Lunatic asylums in Bengal annual reports 1912-1924 - 1912-1924
Year: 1912
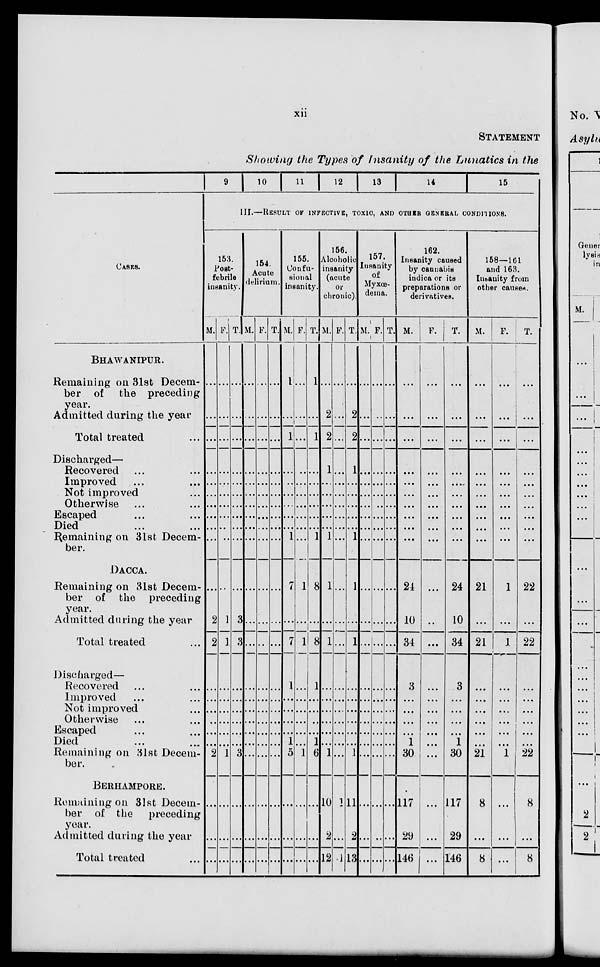
xii
STATEMENT
Showing the Types of Insanity of the Lunatics in the
1
CASES.
BHAWANIPUR.
Remaining on 31st Decem-
ber of
the preceding
year.
Admitted during the year
Total treated ...
Discharged—
Recovered ... ...
Improved ... ...
Not improved ...
Otherwise ... ...
Escaped ... ...
Died ... ...
Remaining on 31st Decem-
ber.
DACCA.
Remaining on 31st Decem-
ber of the preceding
year.
Admitted during the year
Total treated ...
Discharged—
Recovered ... ...
Improved ... ...
Not improved ...
Otherwise ... ...
Escaped ... ...
Died ... ...
Remaining on 31st Decem-
ber.
BERHAMPORE.
Remaining on 31st Decem-
ber of the
preceding
year.
Admitted during the year
Total treated ...
9 10 11 12 13 14
15
III.—RESULT OF INFECTIVE, TOXIC, AND OTHER GENERAL CONDITIONS.
153.
Post-
febrile
insanity.
M.
...
...
...
...
...
...
...
...
...
...
...
2
2
...
...
...
...
...
...
2
...
...
...
F.
...
...
...
...
...
...
...
...
...
...
...
1
1
...
...
...
...
...
...
1
...
...
...
T.
...
...
...
...
...
...
...
...
...
...
...
3
3
...
...
...
...
...
...
3
...
...
...
154.
Acute
delirium.
M.
...
...
...
...
...
...
...
...
...
...
...
...
...
...
...
...
...
...
...
...
...
...
...
F.
...
...
...
...
...
...
...
...
...
...
...
...
...
...
...
...
...
...
...
...
...
...
...
T.
...
...
...
...
...
...
...
...
...
...
...
...
...
...
...
...
...
...
...
...
...
...
...
155.
Confu-
sional
insanity.
M.
1
...
1
...
...
...
...
...
...
1
7
...
7
1
...
...
...
...
1
5
...
...
...
F.
...
...
...
...
...
...
...
...
...
...
1
...
1
...
...
...
...
...
...
1
...
...
...
T.
1
...
1
...
...
...
...
...
...
1
8
...
8
1
...
...
...
...
1
6
...
...
...
156.
Alcoholic
insanity
(acute
or
chronic).
M.
...
2
2
1
...
...
...
...
...
1
1
...
1
...
...
...
...
...
...
1
10
2
12
F.
...
...
...
...
...
...
...
...
...
...
...
...
...
...
...
...
...
...
...
...
1
...
1
T.
...
2
2
1
...
...
...
...
...
1
1
...
1
...
...
...
...
...
...
1
11
2
13
157.
Insanity
of
Myxœ-
dema.
M.
...
...
...
...
...
...
...
...
...
...
...
...
...
...
...
...
...
...
...
...
...
...
...
F.
...
...
...
...
...
...
...
...
...
...
...
...
...
...
...
...
...
...
...
...
...
...
...
T.
...
...
...
...
...
...
...
...
...
...
...
...
...
...
...
...
...
...
...
...
...
...
...
162.
Insanity caused
by cannabis
indica or its
preparations or
derivatives.
M.
...
...
...
...
...
...
...
...
...
...
24
10
34
3
...
...
...
...
1
30
117
29
146
F.
...
...
...
...
...
...
...
...
...
...
...
...
...
...
...
...
...
...
...
...
...
...
...
T.
...
...
...
...
...
...
...
...
...
...
24
10
34
3
...
...
...
...
1
30
117
29
146
158—161
and 163.
Insanity from
other causes.
M.
...
...
...
...
...
...
...
...
...
...
21
...
21
...
...
...
...
...
...
21
8
...
8
F.
...
...
...
...
...
...
...
...
...
...
1
...
1
...
...
...
...
...
...
1
...
...
...
T.
...
...
...
...
...
...
...
...
...
...
22
...
22
...
...
...
...
...
...
22
8
...
8